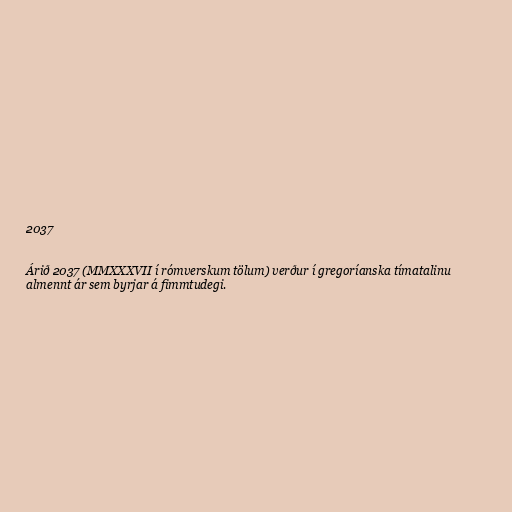
2037

Árið 2037 (MMXXXVII í rómverskum tölum) verður í gregoríanska tímatalinu
almennt ár sem byrjar á fimmtudegi.